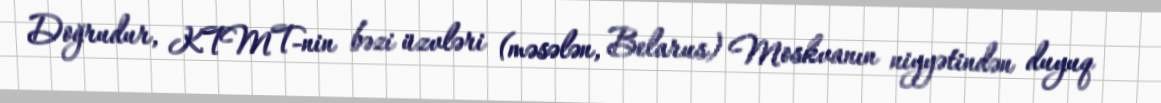
Doğrudur, KTMT-nin bəzi üzvləri (məsələn, Belarus) Moskvanın niyyətindən duyuq